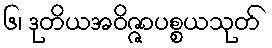
၆၊ ဒုတိယအဝိဇ္ဇာပစ္စယသုတ်